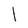
Character: l